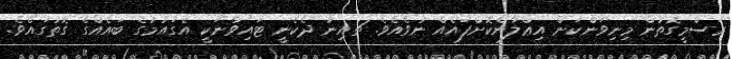
ރަސްމީގޮތުން މިނިވަންކަން އިޢްލާންކޮށްފައެއް ނުވެއެވެ. ޗައިނާ ދެކެނީ ޓައިވާނަކީ އެގައުމުގެ ބައެއްގެ ގޮތުގައެވެ.